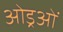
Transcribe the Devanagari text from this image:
ओड्रओं